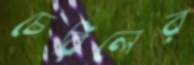
চেরিলের